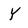
Character: Y